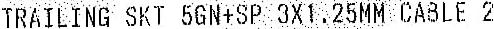
TRAILING SKT 5GN+SP 3X1.25MM CABLE 2